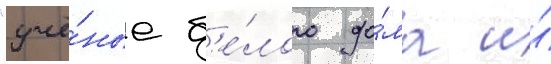
"учё́ные б'е́лого до́ма и́